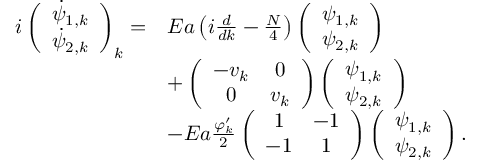
\begin{array} { r l } { i \left( \begin{array} { c } { \dot { \psi } _ { 1 , k } } \\ { \dot { \psi } _ { 2 , k } } \end{array} \right) _ { k } = } & { E a \left( i \frac { d } { d k } - \frac { N } { 4 } \right) \left( \begin{array} { c } { \psi _ { 1 , k } } \\ { \psi _ { 2 , k } } \end{array} \right) } \\ & { + \left( \begin{array} { c c } { - v _ { k } } & { 0 } \\ { 0 } & { v _ { k } } \end{array} \right) \left( \begin{array} { c } { \psi _ { 1 , k } } \\ { \psi _ { 2 , k } } \end{array} \right) } \\ & { - E a \frac { \varphi _ { k } ^ { \prime } } { 2 } \left( \begin{array} { c c } { 1 } & { - 1 } \\ { - 1 } & { 1 } \end{array} \right) \left( \begin{array} { c } { \psi _ { 1 , k } } \\ { \psi _ { 2 , k } } \end{array} \right) . } \end{array}